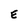
Character: E